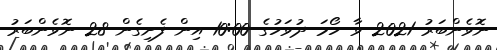
ނޮވެންބަރު 2021 ވާ ހޯމަ ދުވަހުގެ 10:00 އިން ފެށިގެން 28 ނޮވެންބަރު